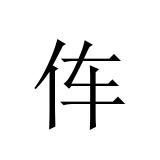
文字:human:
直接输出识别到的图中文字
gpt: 伡